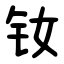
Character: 钕